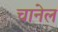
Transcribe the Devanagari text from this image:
चानेल